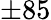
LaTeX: \pm 85